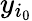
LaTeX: y_{i_{0}}